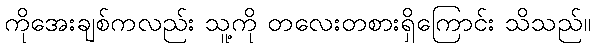
ကိုအေးချစ်ကလည်း သူ့ကို တလေးတစားရှိကြောင်း သိသည်။